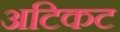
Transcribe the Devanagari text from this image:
अटिकट